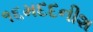
૧૬મદદનીશ